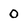
Character: 0